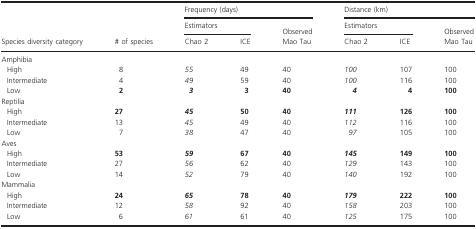
| <ROWSPAN=3> Species diversity category | <ROWSPAN=3> # of species | <COLSPAN=3> Frequency (days) | <COLSPAN=3> Distance (km) |
 | <COLSPAN=2> Estimators | Observed | <COLSPAN=2> Estimators | Observed |
 | Chao 2 | ICE | Mao Tau | Chao 2 | ICE | Mao Tau |
 | --- | --- | --- | --- | --- | --- | --- | --- |
 | <COLSPAN=8> Amphibia |
 | High | 8 | 55 | 49 | 40 | 100 | 107 | 100 |
 | Intermediate | 4 | 49 | 59 | 40 | 100 | 116 | 100 |
 | Low | 2 | 3 | 3 | 40 | 4 | 4 | 100 |
 | <COLSPAN=8> Reptilia |
 | High | 27 | 45 | 50 | 40 | 111 | 126 | 100 |
 | Intermediate | 13 | 45 | 49 | 40 | 112 | 116 | 100 |
 | Low | 7 | 38 | 47 | 40 | 97 | 105 | 100 |
 | <COLSPAN=8> Aves |
 | High | 53 | 59 | 67 | 40 | 145 | 149 | 100 |
 | Intermediate | 27 | 56 | 62 | 40 | 129 | 143 | 100 |
 | Low | 14 | 52 | 79 | 40 | 140 | 192 | 100 |
 | <COLSPAN=8> Mammalia |
 | High | 24 | 65 | 78 | 40 | 179 | 222 | 100 |
 | Intermediate | 12 | 58 | 92 | 40 | 158 | 203 | 100 |
 | Low | 6 | 61 | 61 | 40 | 125 | 175 | 100 |